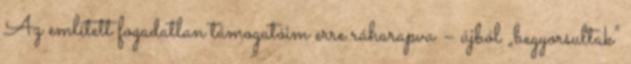
Az említett fogadatlan támogatóim erre ráharapva – újból „begyorsul­tak”